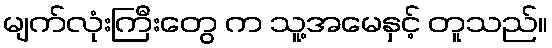
မျက်လုံးကြီးတွေ က သူ့အမေနှင့် တူသည်။